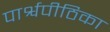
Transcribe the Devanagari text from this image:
पार्श्वपीठिका